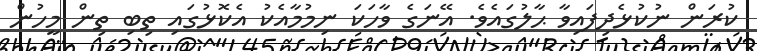
ކުރަން ނުކުޅެދިފައިވާ ޙާލުގައެވެ. އޭނަގެ ވާހަކަ ނިމުމާއެކު އެކޮޅުގައި ތިބި ތިން މީހުން